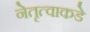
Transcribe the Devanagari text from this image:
नेतृत्वाकडे